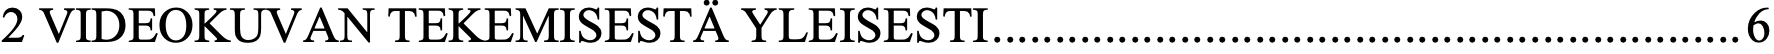
2 VIDEOKUVAN TEKEMISESTÄ YLEISESTI............................................................6